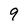
Character: 9